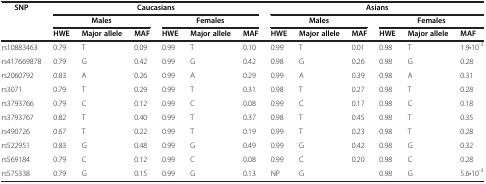
| <ROWSPAN=2> SNP | <COLSPAN=6> Caucasians | <COLSPAN=6> Asians |
 | <COLSPAN=3> Males | <COLSPAN=3> Females | <COLSPAN=3> Males | <COLSPAN=3> Females |
 |  | HWE | Major allele | MAF | HWE | Major allele | MAF | HWE | Major allele | MAF | HWE | Major allele | MAF |
 | --- | --- | --- | --- | --- | --- | --- | --- | --- | --- | --- | --- | --- |
 | rs10883463 | 0.79 | T | 0.09 | 0.99 | T | 0.10 | 0.99 | T | 0.01 | 0.98 | T | 1.9•10-3 |
 | rs417669878 | 0.79 | G | 0.42 | 0.99 | G | 0.42 | 0.98 | G | 0.26 | 0.98 | G | 0.28 |
 | rs2060792 | 0.83 | A | 0.26 | 0.99 | A | 0.29 | 0.99 | A | 0.39 | 0.98 | A | 0.31 |
 | rs3071 | 0.79 | T | 0.29 | 0.99 | T | 0.31 | 0.98 | T | 0.27 | 0.98 | T | 0.28 |
 | rs3793766 | 0.79 | C | 0.12 | 0.99 | C | 0.08 | 0.99 | C | 0.17 | 0.98 | C | 0.18 |
 | rs3793767 | 0.82 | T | 0.40 | 0.99 | T | 0.37 | 0.98 | T | 0.45 | 0.98 | T | 0.35 |
 | rs490726 | 0.67 | T | 0.22 | 0.99 | T | 0.19 | 0.99 | T | 0.23 | 0.98 | T | 0.28 |
 | rs522951 | 0.83 | G | 0.48 | 0.99 | G | 0.49 | 0.99 | G | 0.42 | 0.98 | G | 0.32 |
 | rs569184 | 0.79 | C | 0.12 | 0.99 | C | 0.08 | 0.99 | C | 0.20 | 0.98 | C | 0.28 |
 | rs575338 | 0.79 | G | 0.15 | 0.99 | G | 0.13 | NP | G |  | 0.98 | G | 5.6•10-3 |